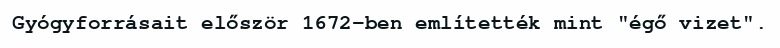
Gyógyforrásait először 1672-ben említették mint "égő vizet".